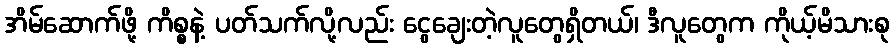
အိမ်ဆောက်ဖို့ ကိစ္စနဲ့ ပတ်သက်လို့လည်း ငွေချေးတဲ့လူတွေရှိတယ်၊ ဒီလူတွေက ကိုယ့်မိသားစု